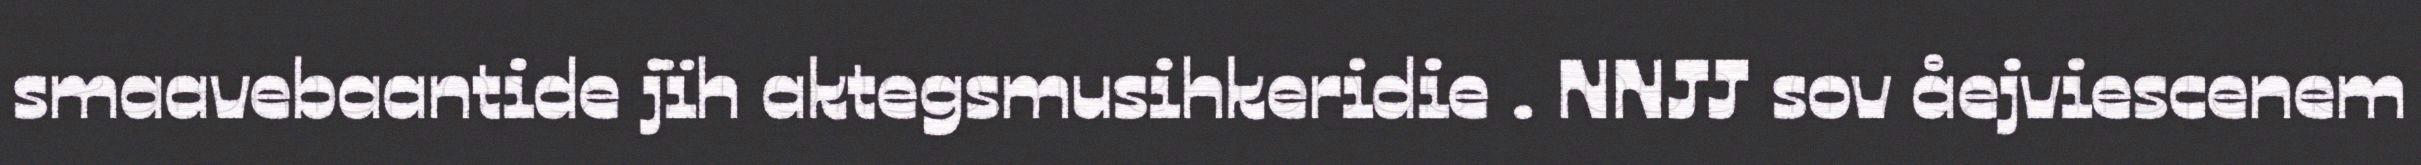
smaavebaantide jïh aktegsmusihkeridie . NNJJ sov åejviescenem